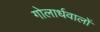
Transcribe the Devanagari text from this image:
गोलार्धवालों